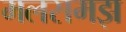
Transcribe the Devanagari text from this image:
मलसमझ